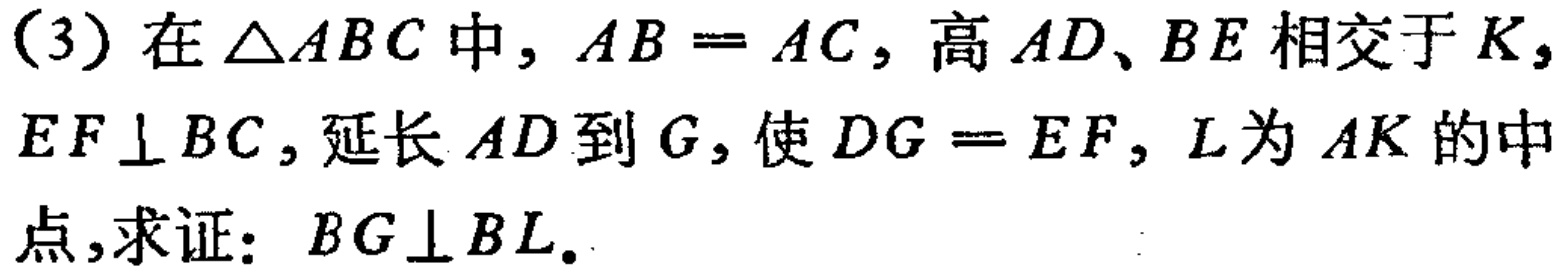
(3) 在$\triangle ABC$中，$AB = AC$，高$AD、BE$相交于$K$，$EF\perp BC$，延长$AD$到$G$，使$DG = EF$，$L$为$AK$的中点，求证：$BG\perp BL$。